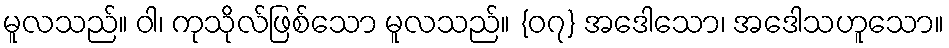
မူလသည်။ ဝါ၊ ကုသိုလ်ဖြစ်သော မူလသည်။ {၀၇} အဒေါသော၊ အဒေါသဟူသော။